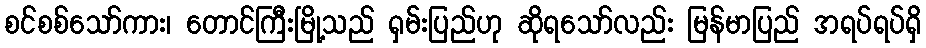
စင်စစ်သော်ကား၊ တောင်ကြီးမြို့သည် ရှမ်းပြည်ဟု ဆိုရသော်လည်း မြန်မာပြည် အရပ်ရပ်ရှိ